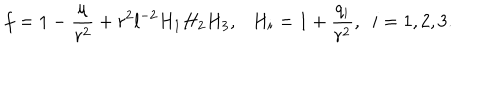
f = 1 - \frac { \mu } { r ^ { 2 } } + r ^ { 2 } l ^ { - 2 } H _ { 1 } H _ { 2 } H _ { 3 } , \ \ \ H _ { i } = 1 + \frac { q _ { i } } { r ^ { 2 } } , \ \ i = 1 , 2 , 3 .